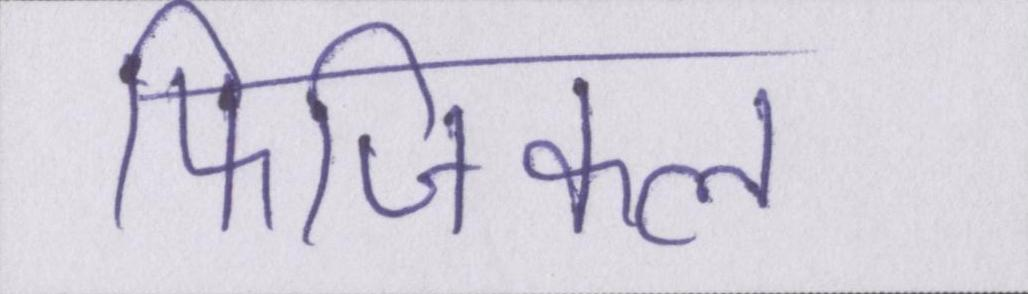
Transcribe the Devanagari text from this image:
फिजिकल